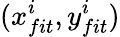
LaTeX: (x_{fit}^{i},y_{fit}^{i})